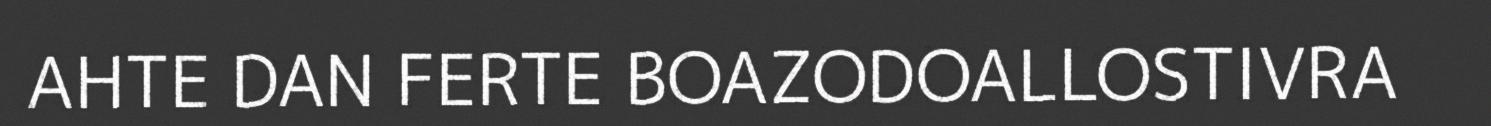
AHTE DAN FERTE BOAZODOALLOSTIVRA